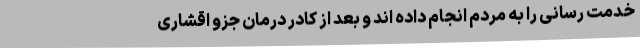
خدمت رسانی را به مردم انجام داده اند و بعد از کادر درمان جزو اقشاری